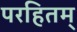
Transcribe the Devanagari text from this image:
परहितम्